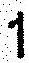
1